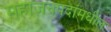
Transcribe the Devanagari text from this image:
महाजनपदांमधील